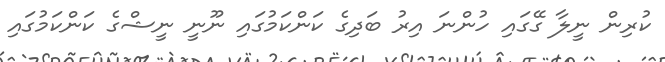
ކުރިން ނީލާ ގޭގައި ހުންނަ އިރު ބަދިގެ ކަންކަމުގައި ނޫނީ ނީޝްގެ ކަންކަމުގައި